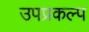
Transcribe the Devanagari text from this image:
उपप्रकल्प